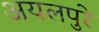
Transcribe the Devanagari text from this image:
अयलपुरे